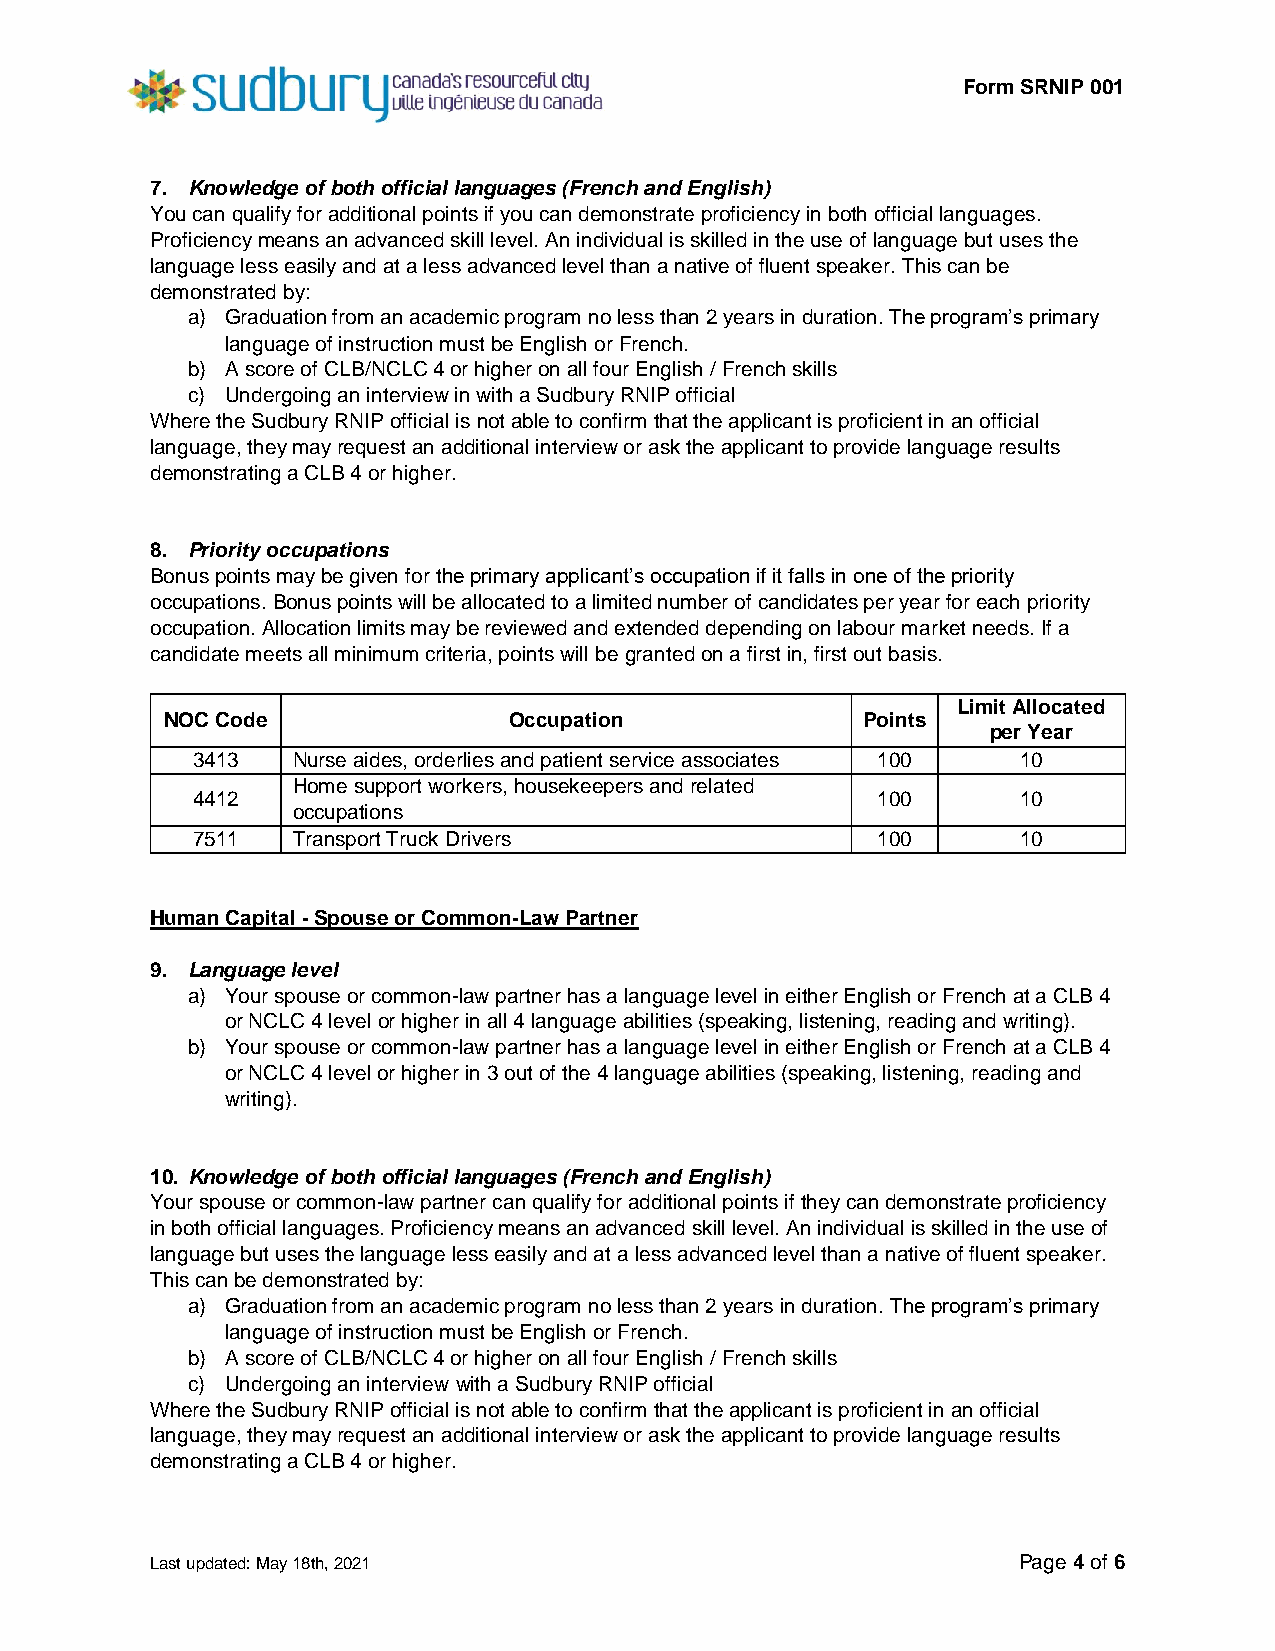
Form SRNIP 001
 7. Knowledge of both official languages (French and English)
 You can qualify for additional points if you can demonstrate proficiency in both official languages.
 Proficiency means an advanced skill level. An individual is skilled in the use of language but uses the
 language less easily and at a less advanced level than a native of fluent speaker. This can be
 demonstrated by:
 a) Graduation from an academic program no less than 2 years in duration. The program’s primary
 language of instruction must be English or French.
 b) A score of CLB/NCLC 4 or higher on all four English / French skills
 c) Undergoing an interview in with a Sudbury RNIP official
 Where the Sudbury RNIP official is not able to confirm that the applicant is proficient in an official
 language, they may request an additional interview or ask the applicant to provide language results
 demonstrating a CLB 4 or higher.
 8. Priority occupations
 Bonus points may be given for the primary applicant’s occupation if it falls in one of the priority
 occupations. Bonus points will be allocated to a limited number of candidates per year for each priority
 occupation. Allocation limits may be reviewed and extended depending on labour market needs. If a
 candidate meets all minimum criteria, points will be granted on a first in, first out basis.
 Limit Allocated
 NOC Code               Occupation             Points
 per Year
 3413  Nurse aides, orderlies and patient service associates 100 10
 Home support workers, housekeepers and related
 4412                                         100       10
 occupations
 7511  Transport Truck Drivers                100       10
 Human Capital - Spouse or Common-Law Partner
 9. Language level
 a) Your spouse or common-law partner has a language level in either English or French at a CLB 4
 or NCLC 4 level or higher in all 4 language abilities (speaking, listening, reading and writing).
 b) Your spouse or common-law partner has a language level in either English or French at a CLB 4
 or NCLC 4 level or higher in 3 out of the 4 language abilities (speaking, listening, reading and
 writing).
 10. Knowledge of both official languages (French and English)
 Your spouse or common-law partner can qualify for additional points if they can demonstrate proficiency
 in both official languages. Proficiency means an advanced skill level. An individual is skilled in the use of
 language but uses the language less easily and at a less advanced level than a native of fluent speaker.
 This can be demonstrated by:
 a) Graduation from an academic program no less than 2 years in duration. The program’s primary
 language of instruction must be English or French.
 b) A score of CLB/NCLC 4 or higher on all four English / French skills
 c) Undergoing an interview with a Sudbury RNIP official
 Where the Sudbury RNIP official is not able to confirm that the applicant is proficient in an official
 language, they may request an additional interview or ask the applicant to provide language results
 demonstrating a CLB 4 or higher.
 Last updated: May 18th, 2021                             Page 4 of 6